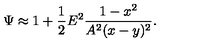
\Psi \approx 1 + \frac { 1 } { 2 } E ^ { 2 } \frac { 1 - x ^ { 2 } } { A ^ { 2 } ( x - y ) ^ { 2 } } .